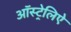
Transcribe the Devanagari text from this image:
ऑस्ट्रेलिऐ